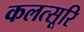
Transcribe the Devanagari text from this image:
कलत्सूरि